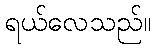
ရယ်လေသည်။